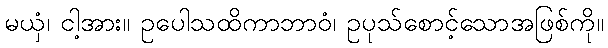
မယှံ၊ ငါ့အား။ ဥပေါသထိကာဘာဝံ၊ ဥပုသ်စောင့်သောအဖြစ်ကို။